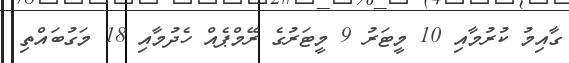
ގާއިމު ކުރުމާއި 10 މީޓަރު 9 މީޓަރުގެ ރޭމްޕެއް ހެދުމާއި 18 މަގުބައްތި